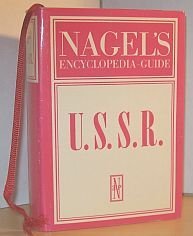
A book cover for USSR (Nagel's Encyclopedia Guide); Travel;